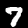
Digit: 7